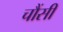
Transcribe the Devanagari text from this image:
चौंसी